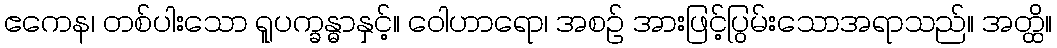
ဧကေန၊ တစ်ပါးသော ရူပက္ခန္ဓာနှင့်။ ဝေါဟာရော၊ အစဉ် အားဖြင့်ပြွမ်းသောအရာသည်။ အတ္ထိ။